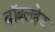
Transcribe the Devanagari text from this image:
बॉबलहेड